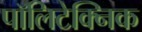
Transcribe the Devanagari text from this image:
पॉलिटेक्‍निक